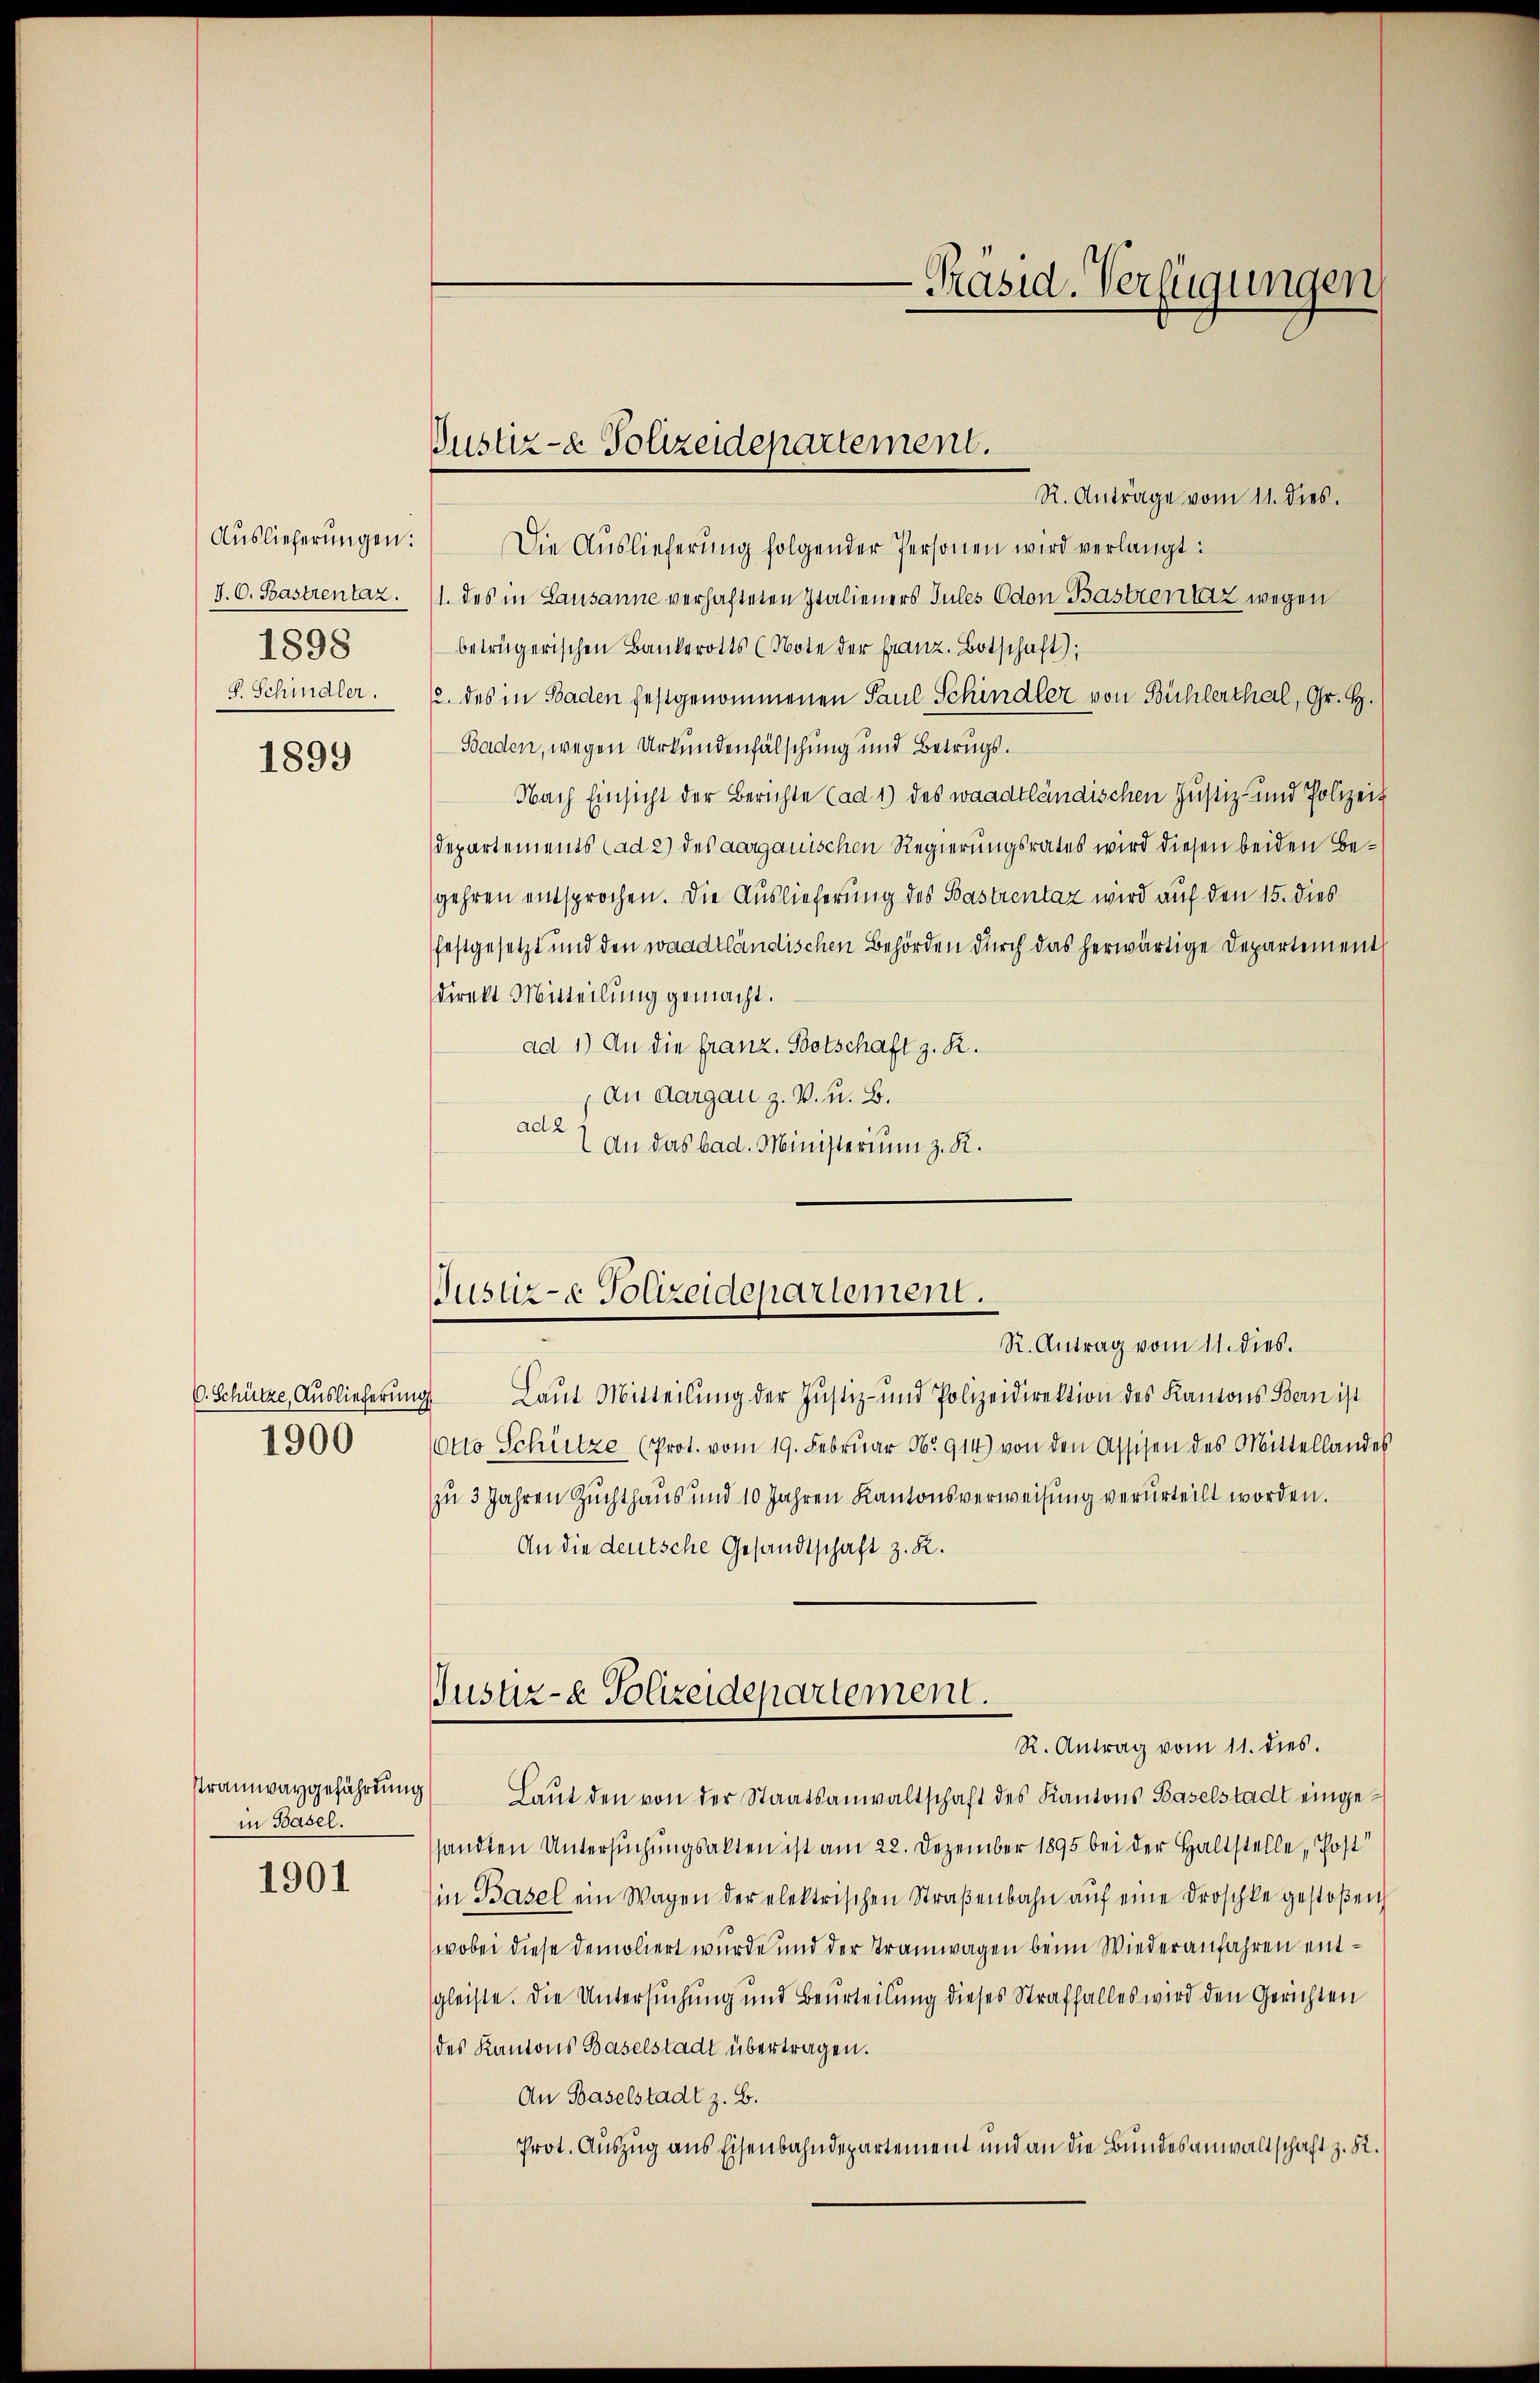
I.O. Bastrentaz.
1898
V. Schindler.

1899

C. Schütze, Auslieferung
1900

sramwaygefährdun
in Basel.

1901

Justiz- & Polizeidepartement.

R. Anträge vom 11. dies.
Aŭslieferŭngen: Die Auslieferŭng folgender Personen wird verlangt:
1. des in Lausanne verhafteten Italieners Jules Odon Bastrentz wegen
beträgerischen Bankerotts (Note der franz. Botschaft);
2. des in Baden festgenommenen Paul Schindler von Bühlerthal, Gr. H.
Baden, wegen Urkundenfälschung und Betrugs.
Nach Einsicht der Berichte (ad 1) des waadtländischen Justiz- und Polizeit
Departements (ad 2) des aargauischen Regierungsrates wird diesen beiden Begehren entsprochen. Die Auslieferung des Bastrentaz wird auf den 15. dies
festgesetzt und den waadtländischen Behörden durch das herwärtige Departement
direkt Mitteilung gemacht.
ad 1) An die franz. Botschaft z. R.
An Aargau z. V. u. B.
aea 7 an das bad. Ministerium z. R.

-Präsid. Verfügungen

R. Antrag vom 11. dies.
9 Laŭt Mitteilŭng der Justiz- und Polizeidirektion des Kantons Bern ist
Otto Schütze (Prot. vom 19. Februar 1914) von den Assisen des Mittellandes
zu 3 Jahren Zuchthaus und 10 Jahren Kantonsverweisung verurteilt worden.
An die deutsche Gesandtschaft z. R.
R. Antrag vom 11. dies.
g
Laut den von der Staatsanwaltschaft des Kantons Baselstadt eingesandten Untersuchungsakten ist am 22. Dezember 1895 bei der Haltstelle, Post
in Basel ein Wagen der elektrischen Straβenbahn aŭf eine Droschke gestoβen
wobei diese Demoliert wurde und der Tramwagen beim Wiederanfahren entsgleiste. Die Untersuchung und Beurteilung dieses Straffalles wird den Gerichten
des Kantons Baselstadt übertragen.
An Baselstadt z. B.
Prot. Auszug aus Eisenbahndepartement und an die Bundesanwaltschaft z. R.

Justiz- & Polizeidepartement.

Justiz- & Polizeidepartement.